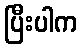
ပြီးပါက